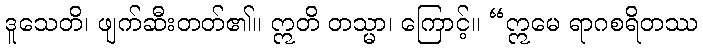
ဒူသေတိ၊ ဖျက်ဆီးတတ်၏။ ဣတိ တသ္မာ၊ ကြောင့်။ “ဣမေ ရာဂစရိတဿ